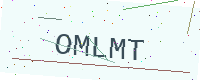
Text: OMLMT